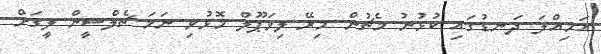
އަމިއްލަ ދަނޑުގައި ކުޅުނު މެޗުން މިރޭ ލިވަޕޫލް މޮޅުވި ނަމަ ޗެލްސީން ލީގަށް